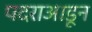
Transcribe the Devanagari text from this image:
पदराआडून